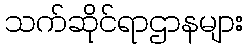
သက်ဆိုင်ရာဌာနများ